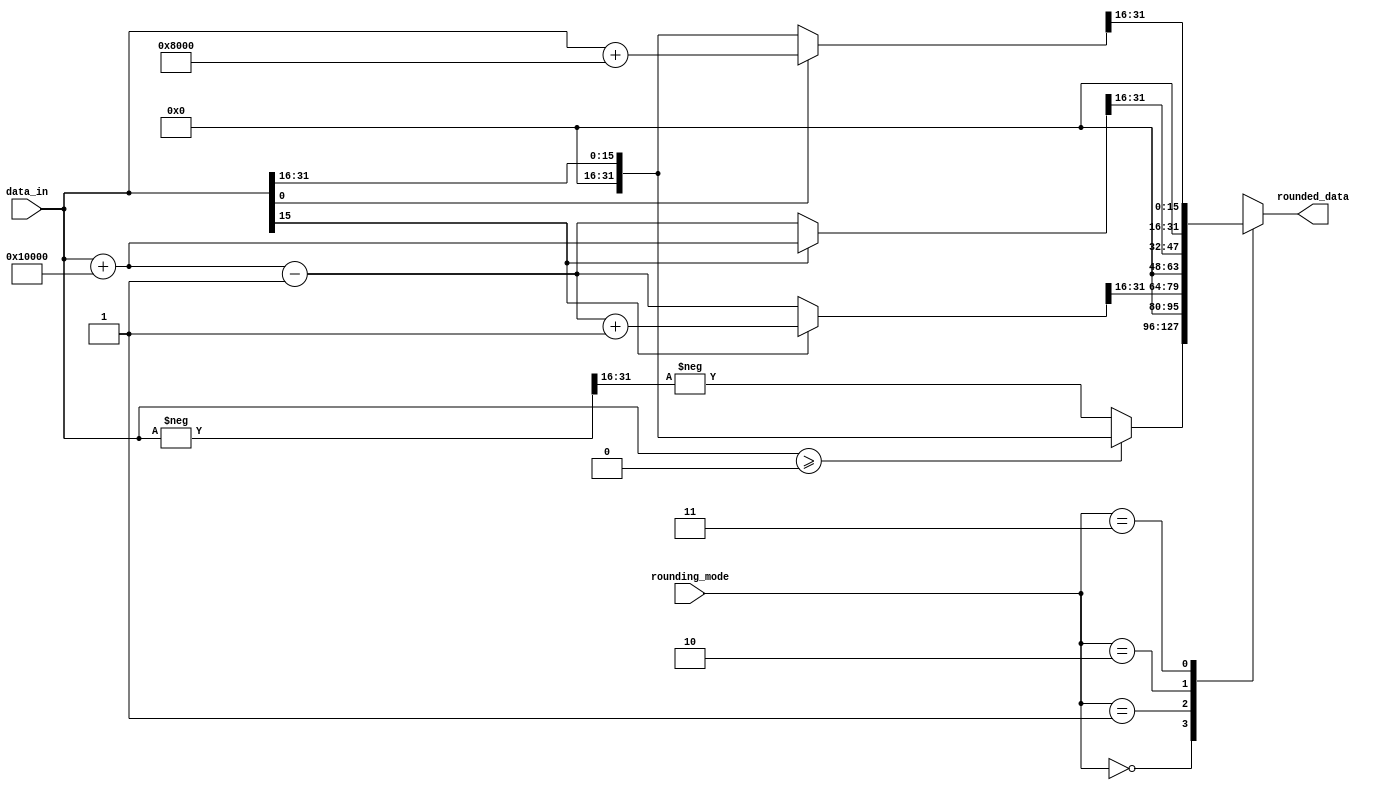
module fixed_point_rounding_unit (
    input wire [31:0] data_in,
    input wire [1:0] rounding_mode,
    output reg [31:0] rounded_data
);

always @ (data_in, rounding_mode) begin
    case (rounding_mode)
        2'b00: begin // round towards zero
            if (data_in >= 0)
                rounded_data = data_in >> 16;
            else
                rounded_data = -((-data_in) >> 16);
        end
        2'b01: begin // round towards positive infinity
            rounded_data = data_in + (1 << 16) - 1;
            if (data_in[15] == 1)
                rounded_data = rounded_data + 1;
            rounded_data = rounded_data >> 16;
        end
        2'b10: begin // round towards negative infinity
            rounded_data = data_in + (1 << 16);
            if (data_in[15] == 0)
                rounded_data = rounded_data - 1;
            rounded_data = rounded_data >> 16;
        end
        2'b11: begin // round to nearest with ties to even
            if (data_in[0] == 0) // check if LSB is 0
                rounded_data = data_in >> 16;
            else
                rounded_data = data_in + (1 << 15);
            rounded_data = rounded_data >> 16;
        end
    endcase
end

endmodule